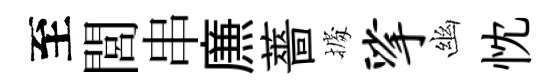
至閭串㢘薔𢴃挲幽忱